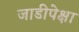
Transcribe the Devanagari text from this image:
जाडीपेक्षा